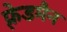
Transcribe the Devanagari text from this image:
फ़्रेडमैन